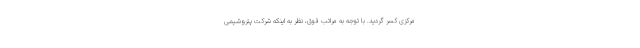
مرکزی کسر گردید. با توجه به مراتب فوق، نظر به اینکه شرکت پتروشیمی